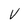
Character: V